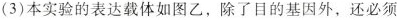
(3)本实验的表达载体如图乙，除了目的基因外，还必须